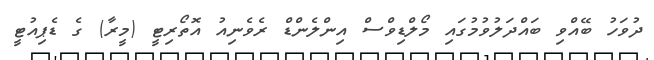
ދުވަހު ބޭއްވި ބައްދަލުވުމުގައި މޯލްޑިވްސް އިންލެންޑް ރެވެނިއު އޮތޯރިޓީ (މީރާ) ގެ ޑެޕިއުޓީ